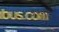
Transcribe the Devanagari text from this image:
जरनी